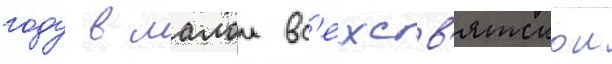
году в малои вс'ехсв'ятскои